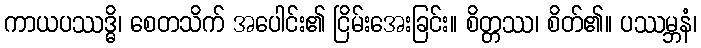
ကာယပဿဒ္ဓိ၊ စေတသိက် အပေါင်း၏ ငြိမ်းအေးခြင်း။ စိတ္တဿ၊ စိတ်၏။ ပဿမ္ဘနံ၊